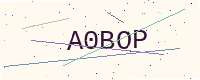
Text: A0BOP